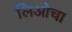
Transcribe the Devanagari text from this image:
लिओचा